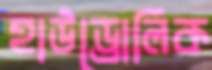
হাউড্রোলিক